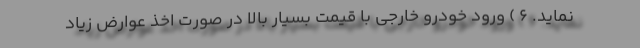
نماید. 6 ) ورود خودرو خارجی با قیمت بسیار بالا در صورت اخذ عوارض زیاد